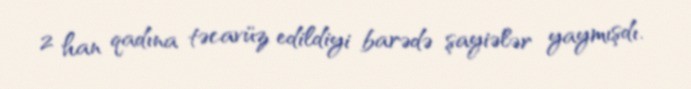
2 han qadına təcavüz edildiyi barədə şayiələr yaymışdı.